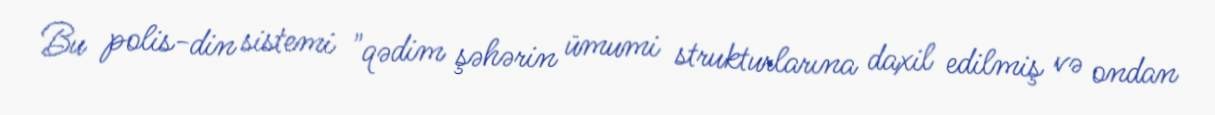
Bu polis-din sistemi "qədim şəhərin ümumi strukturlarına daxil edilmiş və ondan